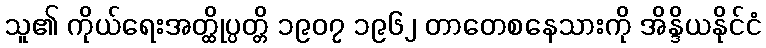
သူ၏ ကိုယ်ရေးအတ္ထိုပ္ပတ္တိ ၁၉၀၇ ၁၉၆၂ တာတေစနေသားကို အိန္ဒိယနိုင်ငံ